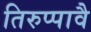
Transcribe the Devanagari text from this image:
तिरुप्पावै